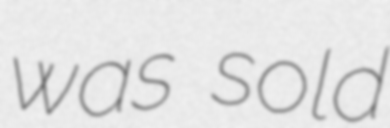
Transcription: was sold